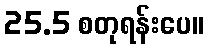
25.5 စတုရန်းပေ။